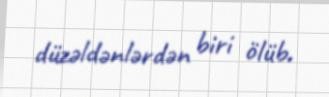
düzəldənlərdən biri ölüb.